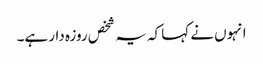
انہوں نے کہا کہ یہ شخص روزہ دار ہے۔